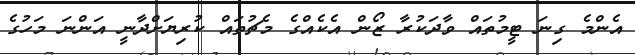
އެންމެ ގިނަ ޓީމުތައް ވާދަކުރާ ޒޯން އެކެއްގެ މެޗުތައް ކުރިޔަށްދާނީ އަންނަ މަހުގެ